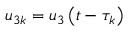
u _ { 3 k } = u _ { 3 } \left( t - \tau _ { k } \right)